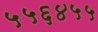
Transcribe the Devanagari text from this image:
५५६४५५